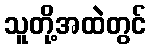
သူတို့အထဲတွင်